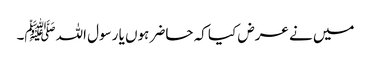
میں نے عرض کیا کہ حاضر ہوں یا رسول اللہﷺ۔